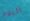
اليوم